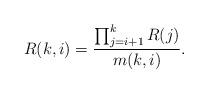
LaTeX: \begin{align*}R(k,i) = \frac{\prod_{j=i+1}^k R(j)}{m(k,i)}.\end{align*}